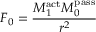
F _ { 0 } = { \frac { M _ { 1 } ^ { \mathrm { a c t } } M _ { 0 } ^ { \mathrm { p a s s } } } { r ^ { 2 } } }